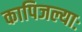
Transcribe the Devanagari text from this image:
कापिजल्याः